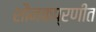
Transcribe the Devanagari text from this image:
शौनकप्रणीत